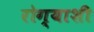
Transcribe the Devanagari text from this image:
रोग्याशी